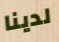
لدينا